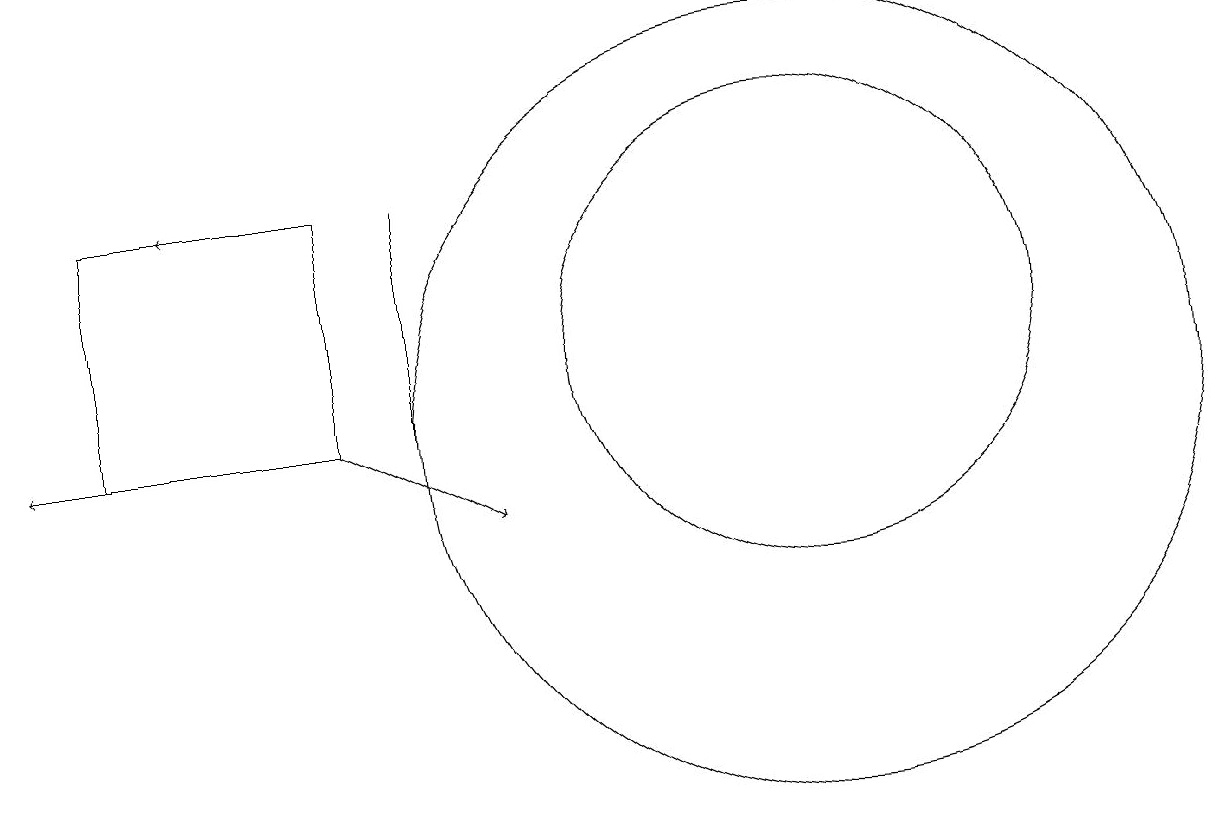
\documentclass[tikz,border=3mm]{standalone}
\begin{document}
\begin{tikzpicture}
\draw (11,11) circle (5);
\draw (11,12) circle (3);
\draw[->] (5,11) -- (7,10);
\draw (6,14) rectangle (6,11);
\draw[->] (5,14) -- (3,14);
\draw (2,14) rectangle (5,11);
\draw[->] (5,11) -- (1,11);
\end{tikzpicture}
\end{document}